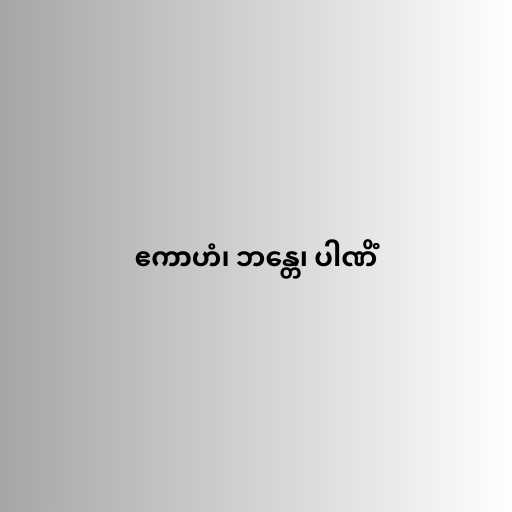
ဧကာဟံ၊ ဘန္တေ၊ ပါဏိံ